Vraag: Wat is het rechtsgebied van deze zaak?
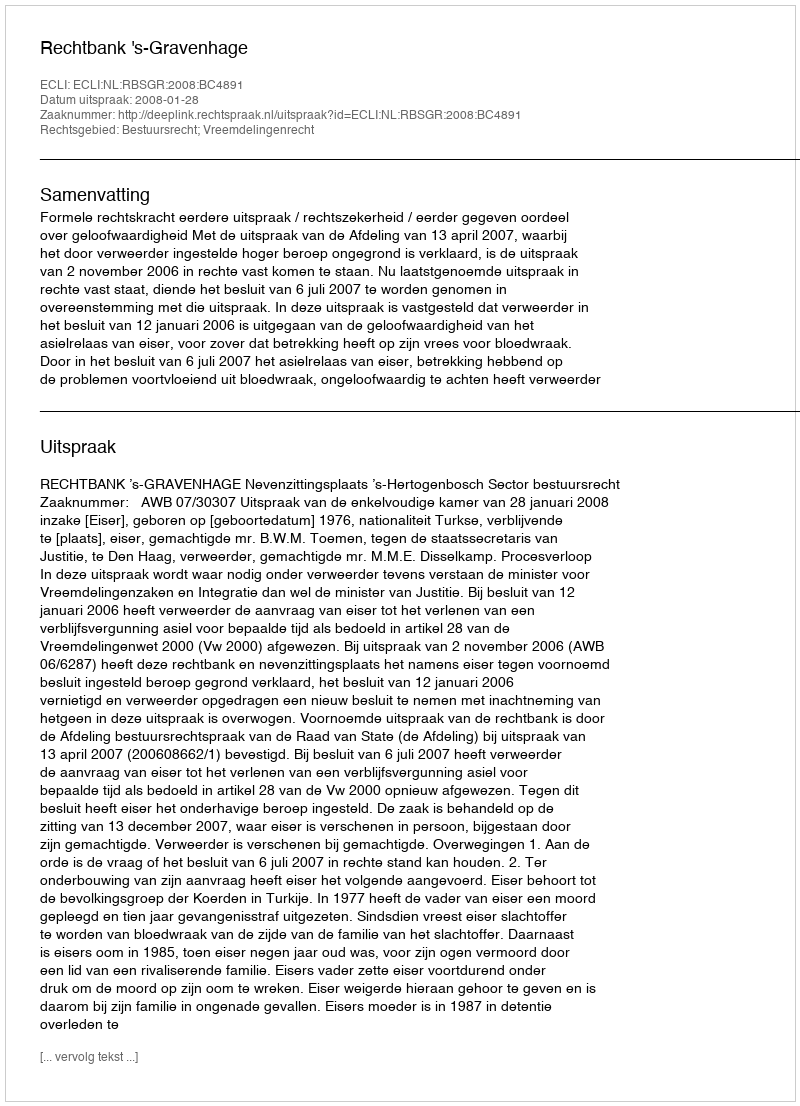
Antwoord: Bestuursrecht; Vreemdelingenrecht